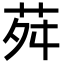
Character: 荈